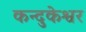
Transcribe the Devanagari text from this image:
कन्दुकेश्वर